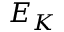
E _ { K }